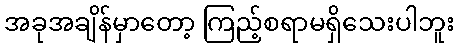
အခုအချိန်မှာတော့ ကြည့်စရာမရှိသေးပါဘူး